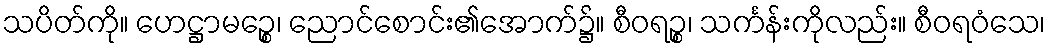
သပိတ်ကို။ ဟေဋ္ဌာမဉ္စေ၊ ညောင်စောင်း၏အောက်၌။ စီဝရဉ္စ၊ သင်္ကန်းကိုလည်း။ စီဝရဝံသေ၊